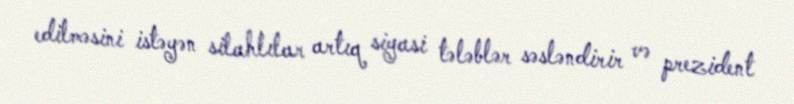
edilməsini istəyən silahlılar artıq siyasi tələblər səsləndirir və prezident